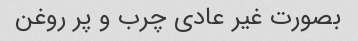
بصورت غیر عادی چرب و پر روغن